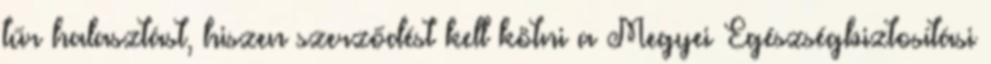
tűr halasztást, hiszen szerződést kell kötni a Megyei Egészségbiztosítási